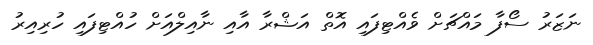
ނަޒަރު ސޯފާ މައްޗަށް ވެއްޓިފައި އޮތް އަޝްރާ އާއި ނާއިލްއަށް ހުއްޓިފައި ހުރިއިރު